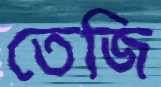
তেজি